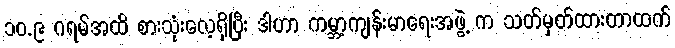
၁၀.၉ ဂရမ်အထိ စားသုံးလေ့ရှိပြီး ဒါဟာ ကမ္ဘာ့ကျန်းမာရေးအဖွဲ့ က သတ်မှတ်ထားတာထက်